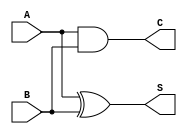
module CurrentModeHalfAdder (
    input wire A,    // Current input A (0 A or 1 A represented by 0 or 1)
    input wire B,    // Current input B (0 A or 1 A represented by 0 or 1)
    output reg S,    // Sum output (0 or 1)
    output reg C     // Carry output (0 or 1)
);

// Always block to model the behavior of the half-adder
always @(*) begin
    // Sum logic: A XOR B
    S = A ^ B; // Sum is 1 when either A or B is 1, but not both.

    // Carry logic: A AND B
    C = A & B; // Carry is 1 only when both A and B are 1.
end

endmodule